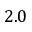
2 . 0